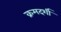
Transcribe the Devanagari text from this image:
क्रमदर्शी